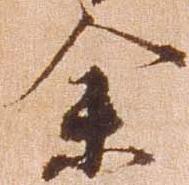
余